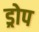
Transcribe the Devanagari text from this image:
ड्रोप